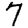
Digit: 7